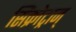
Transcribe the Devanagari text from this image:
सिंक्रोट्रान्